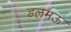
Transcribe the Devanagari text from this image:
डलमऊ